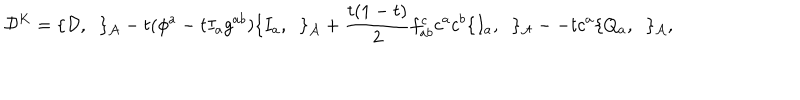
{ \cal D } ^ { K } = \{ { \cal D } , \; \; \} _ { \cal A } - t ( \phi ^ { a } - t I _ { a } g ^ { a b } ) \{ I _ { a } , \; \; \} _ { \cal A } + \frac { t ( 1 - t ) } { 2 } f _ { a b } ^ { c } c ^ { a } c ^ { b } \{ I _ { a } , \; \; \} _ { \cal A } -- t c ^ { a } \{ Q _ { a } , \; \; \} _ { \cal A } ,